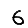
Digit: 6